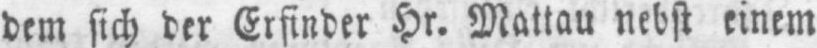
dem sich der Erfinder Hr. Mattau nebst einem